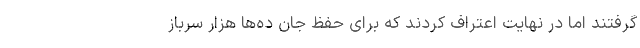
گرفتند اما در نهایت اعتراف کردند که برای حفظ جان ده‌ها هزار سرباز